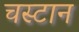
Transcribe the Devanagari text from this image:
चस्टान